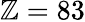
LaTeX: \mathbb{Z}=83